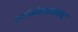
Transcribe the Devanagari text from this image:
सर्वाभीष्टफलप्रदाय